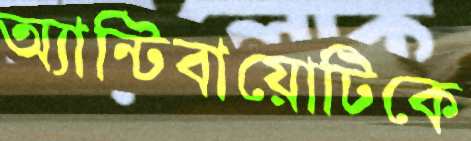
অ্যান্টিবায়োটিকে